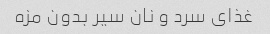
غذاى سرد و نان سیر بدون مزه